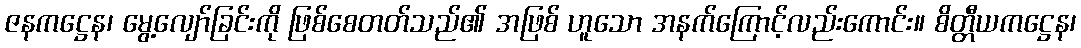
ဇနကဋ္ဌေန၊ မွေ့လျော်ခြင်းကို ဖြစ်စေတတ်သည်၏ အဖြစ် ဟူသော အနက်ကြောင့်လည်းကောင်း။ စိတ္တီယကဋ္ဌေန၊